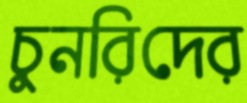
চুনরিদের